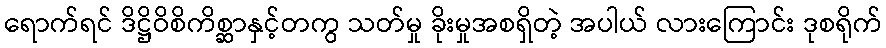
ရောက်ရင် ဒိဋ္ဌိဝိစိကိစ္ဆာနှင့်တကွ သတ်မှု ခိုးမှုအစရှိတဲ့ အပါယ် လားကြောင်း ဒုစရိုက်